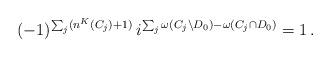
LaTeX: \begin{align*}(-1)^{\sum_j(n^K(C_j)+1)}\,i^{\sum_j\omega(C_j\setminus D_0)-\omega(C_j\cap D_0)}=1\,.\end{align*}